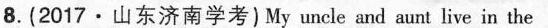
8.(2017\cdot 山东济南学考)My uncle and aunt live in the